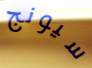
سيونج